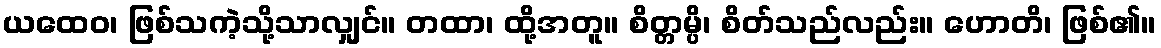
ယထေဝ၊ ဖြစ်သကဲ့သို့သာလျှင်။ တထာ၊ ထို့အတူ။ စိတ္တမ္ပိ၊ စိတ်သည်လည်း။ ဟောတိ၊ ဖြစ်၏။